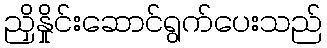
ညှိနှိုင်းဆောင်ရွက်ပေးသည်